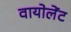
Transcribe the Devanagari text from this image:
वायोलेंट